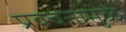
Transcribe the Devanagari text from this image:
प्रवचनामुळे